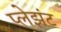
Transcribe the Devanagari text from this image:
प्लेझंट